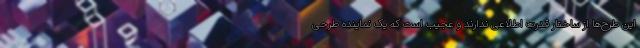
این طرح‌ها از ساختار قدرت اطلاعی ندارند و عجیب است که یک نماینده طرحی